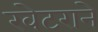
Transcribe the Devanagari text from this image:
खेटराने